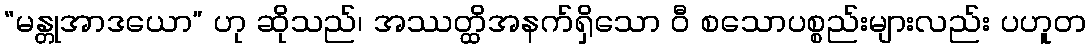
“မန္တုအာဒယော” ဟု ဆိုသည်၊ အဿတ္ထိအနက်ရှိသော ဝီ စသောပစ္စည်းများလည်း ပဟူတ